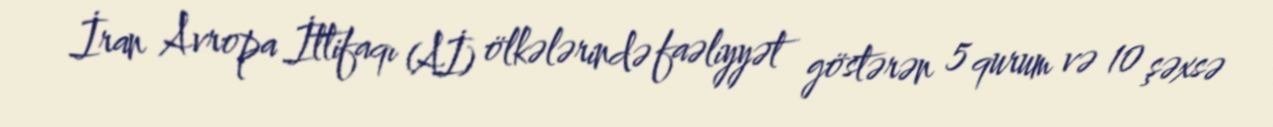
İran Avropa İttifaqı (Aİ) ölkələrində faəliyyət göstərən 5 qurum və 10 şəxsə